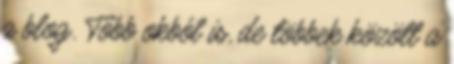
a blog. Több okból is, de többek között a